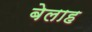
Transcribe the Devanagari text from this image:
बेलाह